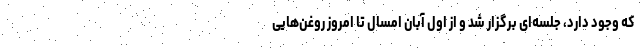
که وجود دارد، جلسه‌ای برگزار شد و از اول آبان امسال تا امروز روغن‌هایی